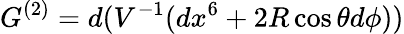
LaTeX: G^{(2)}=d(V^{-1}(dx^{6}+2R\cos\theta d\phi))